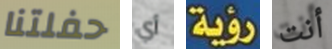
حفلتنا أي رؤية أنت